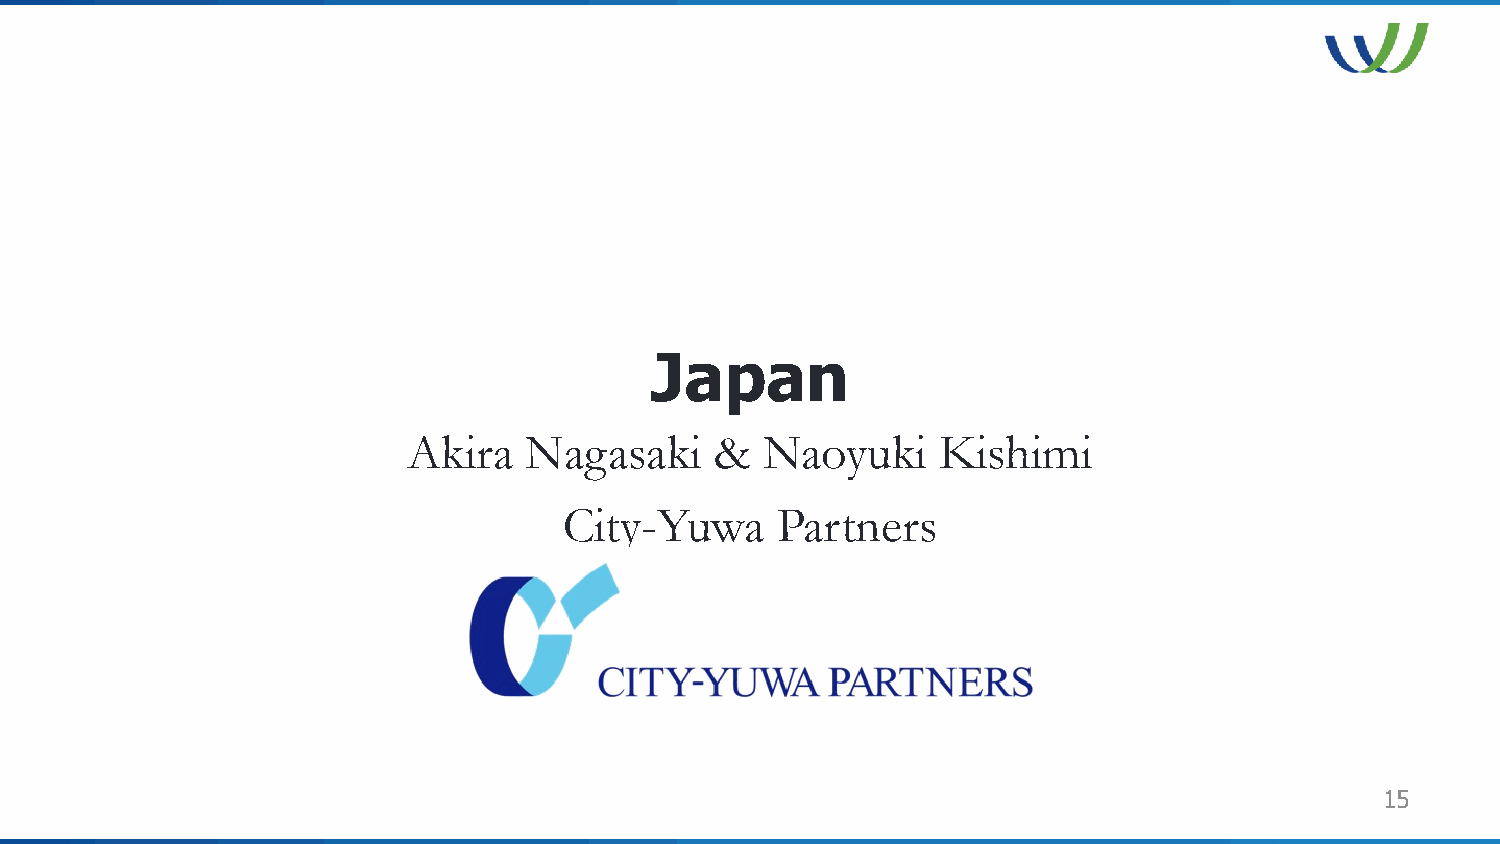
Japan
 Akira   Nagasaki    &   Naoyuki    Kishimi
 City-Yuwa     Partners
 15